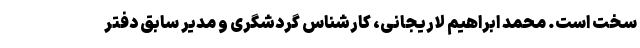
سخت است. محمد ابراهیم لاریجانی، کارشناس گردشگری و مدیر سابق دفتر